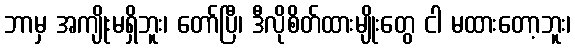
ဘာမှ အကျိုးမရှိဘူး၊ တော်ပြီ၊ ဒီလိုစိတ်ထားမျိုးတွေ ငါ မထားတော့ဘူး၊